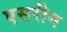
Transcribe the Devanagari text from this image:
एसरीन